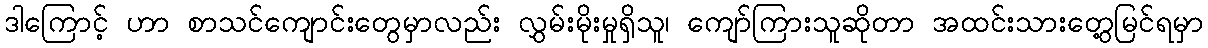
ဒါကြောင့် ဟာ စာသင်ကျောင်းတွေမှာလည်း လွှမ်းမိုးမှုရှိသူ၊ ကျော်ကြားသူဆိုတာ အထင်းသားတွေ့မြင်ရမှာ